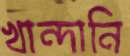
খান্দানি